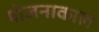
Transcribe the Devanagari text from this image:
योजनाकाल